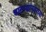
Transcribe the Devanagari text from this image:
बातम्यांनंतरच्या